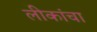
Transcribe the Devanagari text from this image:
लीकांचा